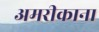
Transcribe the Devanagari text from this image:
अमरीकाना